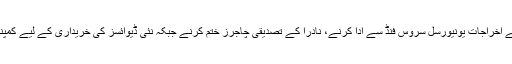
انڈسٹری نے سموں کی بائیومیٹرک تصدیق پر اٹھنے والے اخراجات یونیورسل سروس فنڈ سے ادا کرنے، نادرا کے تصدیقی چاجرز ختم کرنے جبکہ نئی ڈیوائسز کی خریداری کے لیے کمپنیوں کو خصوصی فنڈ فراہم کرنے کا بھی مطالبہ کیا ہے۔